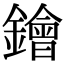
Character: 𨭗